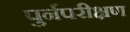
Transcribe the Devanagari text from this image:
पुर्नपरीक्षण